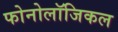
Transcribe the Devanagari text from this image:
फोनोलॉजिकल